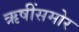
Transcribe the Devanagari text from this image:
ऋषींसमोर